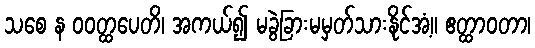
သစေ န ဝဝတ္ထပေတိ၊ အကယ်၍ မခွဲခြားမမှတ်သားနိုင်အံ့။ ဧတ္ထာဝတာ၊